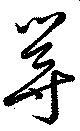
尋